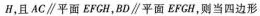
H，且AC \parallel 平面EFCH，BD \parallel 平面EFCH，则当四边形